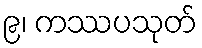
၉၊ ကဿပသုတ်